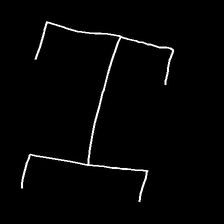
Glyph: entwine